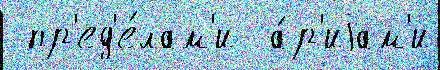
 пр'ед'е́лам'и  а́р'иjам'и